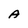
Character: A